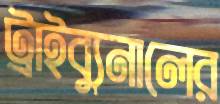
ট্রাইব্যুনালের